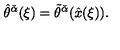
\hat { \theta } ^ { \check { \alpha } } ( \xi ) = \tilde { \theta } ^ { \check { \alpha } } ( \hat { x } ( \xi ) ) .